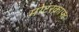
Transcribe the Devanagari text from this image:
मोटरक्राफ्ट